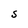
Character: S